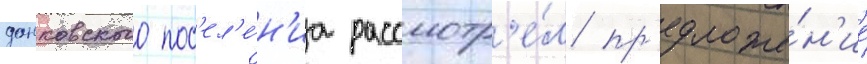
данковского пос'ел'е́н'иа рассмотр'е́л пр'едложе́н'ие